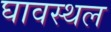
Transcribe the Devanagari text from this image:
घावस्थल